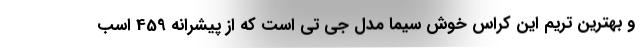
و بهترین تریم این کراس خوش سیما مدل جی تی است که از پیشرانه 459 اسب